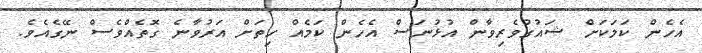
އެހެން ކަމަކަށް ޝައުގުވެރިވާން އުޅުނަސް އެހެން ކަމެއް ހިތަށް އަރުވާނެ ގޮތެއްވެސް ނޭގެއެވެ.